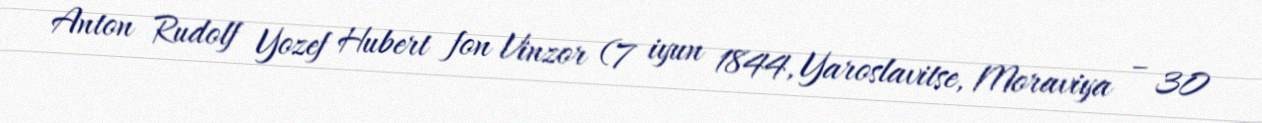
Anton Rudolf Yozef Hubert fon Vinzor (7 iyun 1844, Yaroslavitse, Moraviya – 30